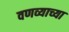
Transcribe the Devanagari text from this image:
वणव्याच्या